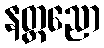
နတ္ထညော